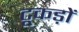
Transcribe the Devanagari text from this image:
टूकड़ों